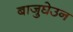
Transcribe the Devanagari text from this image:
बाजुघेउन